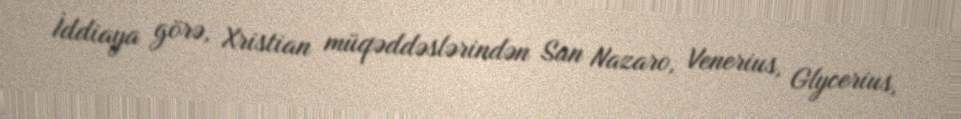
İddiaya görə, Xristian müqəddəslərindən San Nazaro, Venerius, Glycerius,